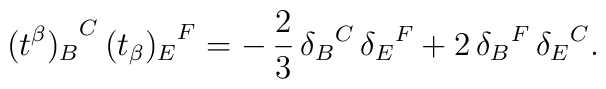
{(t^{\beta})_B}^C \, {(t_{\beta})_E}^F  = - \, \frac{2}{3} \, {\delta_B}^C \, {\delta_E}^F    + 2 \, {\delta_B}^F \, {\delta_E}^C.